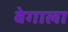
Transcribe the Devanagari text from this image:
वेगाला